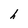
Character: h